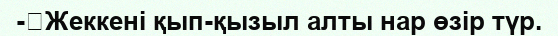
-	Жеккені қып-қызыл алты нар өзір түр.